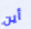
أين